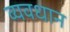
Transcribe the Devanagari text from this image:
व्‍यवधान